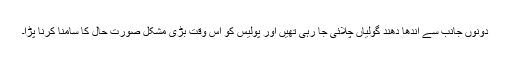
دونوں جانب سے اندھا دھند گولیاں چلائی جا رہی تھیں اور پولیس کو اس وقت بڑی مشکل صورت حال کا سامنا کرنا پڑا۔